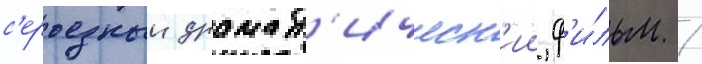
с'ерьезныи драмат'ическ'ии ф'и́льм /